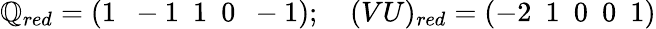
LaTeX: \mathbb{Q}_{red}=\left(1~~-1~~1~~0~~-1\right);~~~~(VU)_{red}=\left(-2~~1~~0~~0~~1\right)